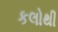
કલોથી